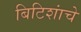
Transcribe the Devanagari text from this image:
बिटिशांचे